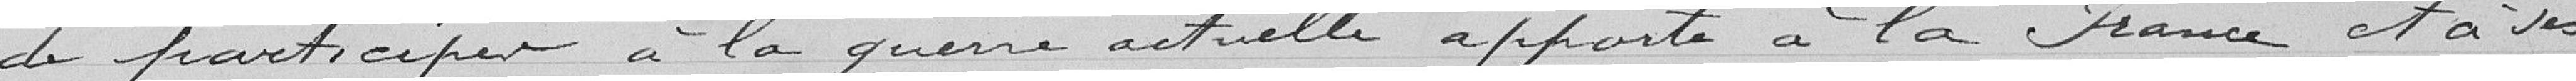
de participer à la guerre actuelle apporte à la France et à ses